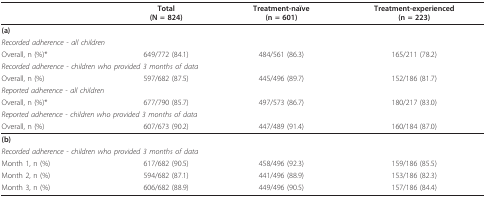
<table><thead><tr><td></td><td><b>Total(N = 824)</b></td><td><b>Treatment-naïve(n = 601)</b></td><td><b>Treatment-experienced(n = 223)</b></td></tr></thead><tbody><tr><td colspan="4"><b>(a)</b></td></tr><tr><td colspan="4"><i>Recorded adherence - all children</i></td></tr><tr><td>Overall, n (%)*</td><td>649/772 (84.1)</td><td>484/561 (86.3)</td><td>165/211 (78.2)</td></tr><tr><td colspan="4"><i>Recorded adherence - children who provided 3 months of data</i></td></tr><tr><td>Overall, n (%)</td><td>597/682 (87.5)</td><td>445/496 (89.7)</td><td>152/186 (81.7)</td></tr><tr><td colspan="4"><i>Reported adherence - all children</i></td></tr><tr><td>Overall, n (%)*</td><td>677/790 (85.7)</td><td>497/573 (86.7)</td><td>180/217 (83.0)</td></tr><tr><td colspan="4"><i>Reported adherence - children who provided 3 months of data</i></td></tr><tr><td>Overall, n (%)</td><td>607/673 (90.2)</td><td>447/489 (91.4)</td><td>160/184 (87.0)</td></tr><tr><td colspan="4"><b>(b)</b></td></tr><tr><td colspan="4"><i>Recorded adherence - children who provided 3 months of data</i></td></tr><tr><td>Month 1, n (%)</td><td>617/682 (90.5)</td><td>458/496 (92.3)</td><td>159/186 (85.5)</td></tr><tr><td>Month 2, n (%)</td><td>594/682 (87.1)</td><td>441/496 (88.9)</td><td>153/186 (82.3)</td></tr><tr><td>Month 3, n (%)</td><td>606/682 (88.9)</td><td>449/496 (90.5)</td><td>157/186 (84.4)</td></tr></tbody></table>